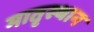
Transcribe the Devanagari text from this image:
मातृस्थान